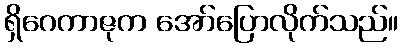
ရှိဂေကာဇုက အော်ပြောလိုက်သည်။